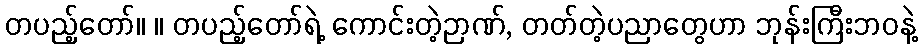
တပည့်တော်။ ။ တပည့်တော်ရဲ့ ကောင်းတဲ့ဉာဏ်, တတ်တဲ့ပညာတွေဟာ ဘုန်းကြီးဘဝနဲ့